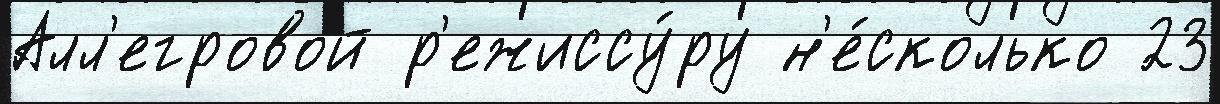
Алл'егровой р'ежиссу́ру н'е́сколько 23